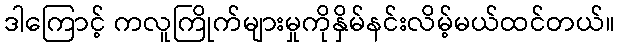
ဒါကြောင့် ကလူကြိုက်များမှုကိုနှိမ်နင်းလိမ့်မယ်ထင်တယ်။